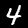
Digit: 4